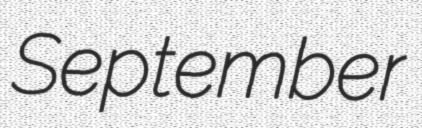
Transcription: September